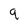
Character: 9